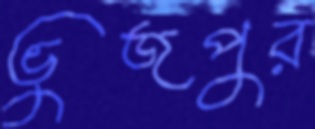
ভুজপুর